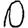
Digit: 0